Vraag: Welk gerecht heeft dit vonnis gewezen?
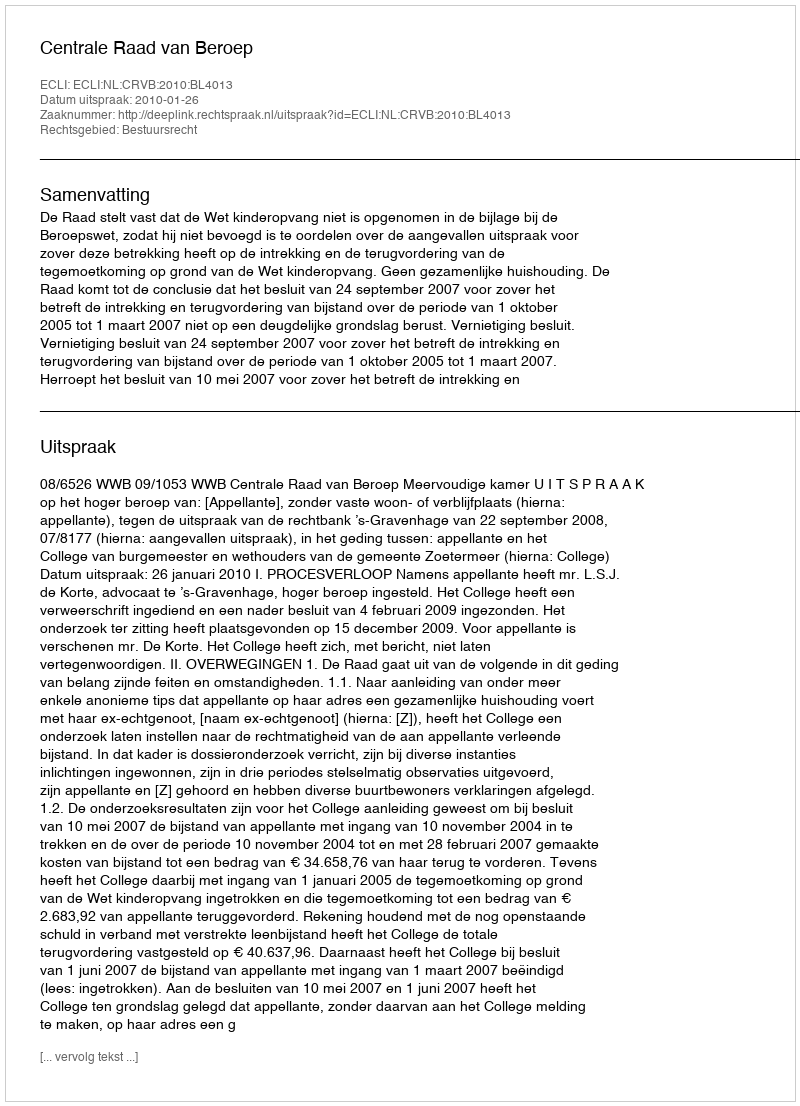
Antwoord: Centrale Raad van Beroep